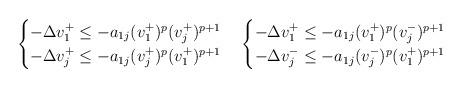
LaTeX: \begin{align*}\begin{cases}-\Delta v_1^+ \le - a_{1j} (v_1^+)^{p} (v_j^+)^{p+1} \\-\Delta v_j^+ \le -a_{1j} (v_j^+)^{p} (v_1^+)^{p+1}\end{cases} \begin{cases}-\Delta v_1^+ \le -a_{1j} (v_1^+)^{p} (v_j^-)^{p+1} \\-\Delta v_j^- \le -a_{1j} (v_j^-)^{p} (v_1^+)^{p+1}\end{cases} \end{align*}